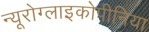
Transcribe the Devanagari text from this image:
न्यूरोग्लाइकोपीनिया